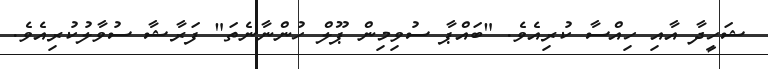
ޝަހީދާ އާއި ހިއްސާ ކުރިއެވެ. "ބައްޕާ ސުވިމިން ޕޫލް ހުންނާނެތަ" ފަރާޝާ ސުވާލުކުރިއެވެ.